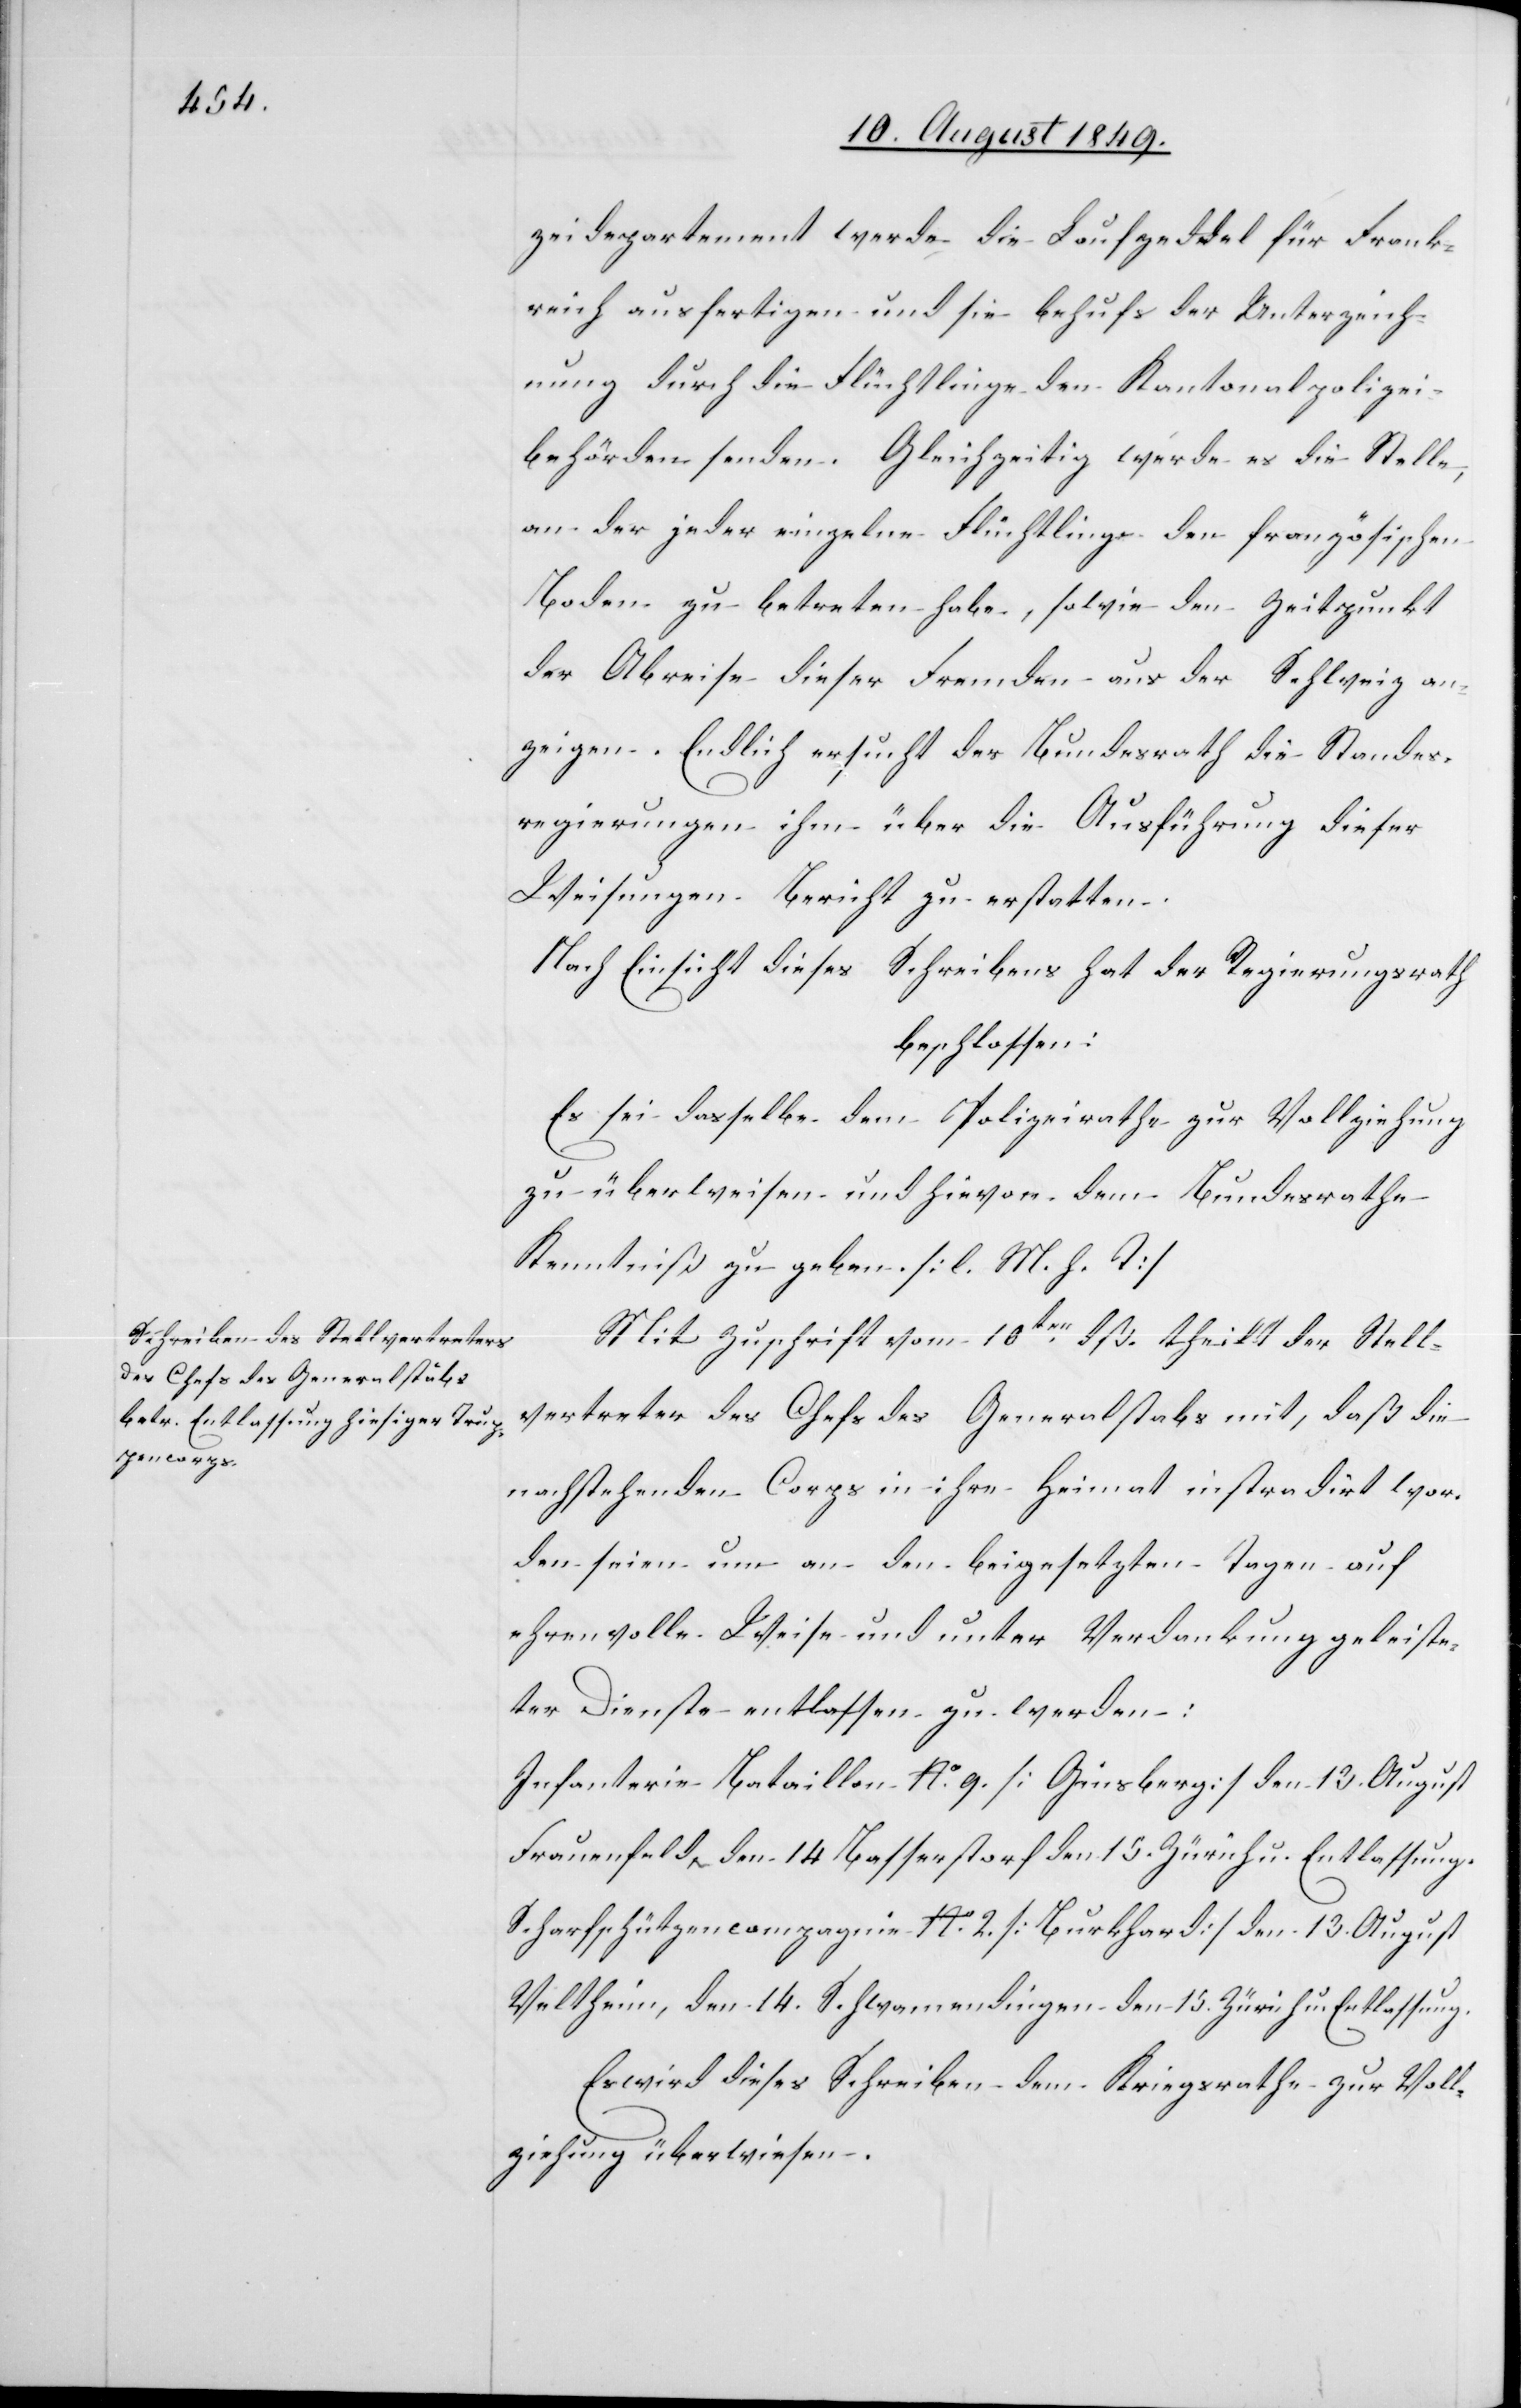
11. August 1849.]
zeidepartement werde die Laufzeddel für Frank¬
reich ausfertigen und sie behufs der Unterzeich¬
nung durch die Flüchtlinge den Kantonalpolizei¬
behörden senden. Gleichzeitig werde es die Stelle,
an der jeder einzelne Flüchtlinge den französischen
Boden zu betreten habe, sowie den Zeitpunkt
der Abreise dieser Fremden aus der Schweiz an¬
zeigen. Endlich ersucht der Bundesrath die Standes¬
regierungen ihm über die Ausführung dieser
Weisungen Bericht zu erstatten.
Nach Einsicht dieses Schreibens hat der Regierungsrath
beschlossen:
Es sei dasselbe dem Polizeirathe zur Vollziehung
zu überweisen und hievon dem Bundesrathe
Kenntniß zu geben. [l. M. h. T]
Mit Zuschrift vom 10ten dß. theilt der Stell¬
vertreter des Chefs des Generalstabs mit, daß die
nachstehenden Corps in ihre Heimat instradirt wor¬
den seien um an den beigesetzten Tagen auf
ehrenvolle Weise und unter Verdankung geleiste¬
ter Dienste entlassen zu werden:
Infanterie Bataillon No. 9. [Ginsberg] den 13. August
Frauenfeld den 14 Basserstorf den 15. Zürich u. Entlassung.
Scharfschützencompagnie No. 2 [Burkhard] den 13. August
Veltheim, den 14. Schwamendingen den 15. Zürich u. Entlassung.
Es wird dieses Schreiben dem Kriegsrathe zur Voll¬
ziehung überwiesen.